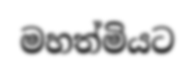
මහත්මියට